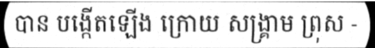
បាន បង្កើតឡើង ក្រោយ សង្គ្រាម ព្រុស -